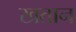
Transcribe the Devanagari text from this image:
खतान